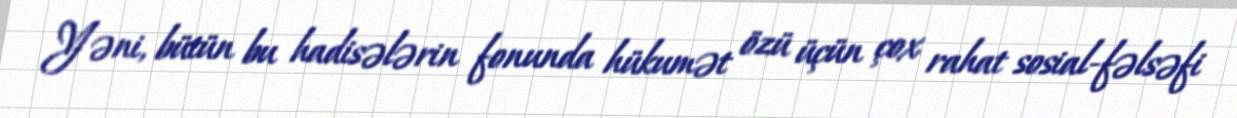
Yəni, bütün bu hadisələrin fonunda hükumət özü üçün çox rahat sosial-fəlsəfi